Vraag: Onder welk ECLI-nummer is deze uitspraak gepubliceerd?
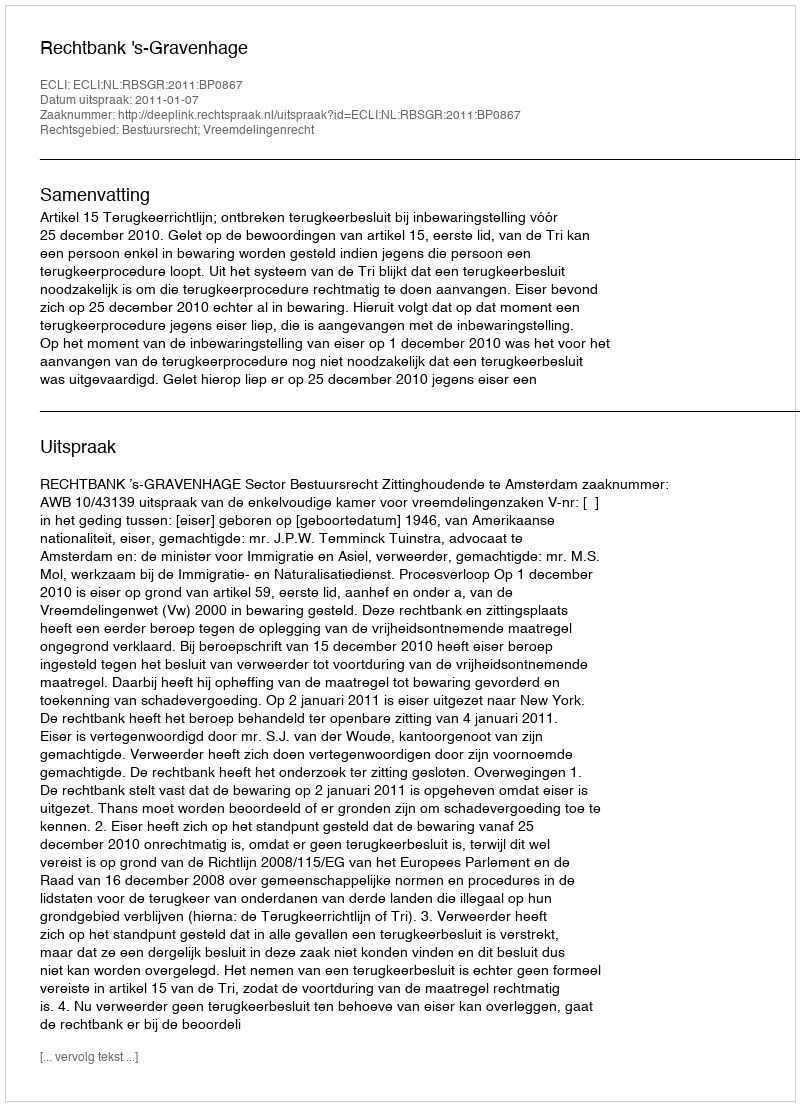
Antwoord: ECLI:NL:RBSGR:2011:BP0867